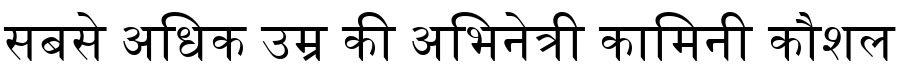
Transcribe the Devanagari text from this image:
सबसे अधिक उम्र की अभिनेत्री कामिनी कौशल